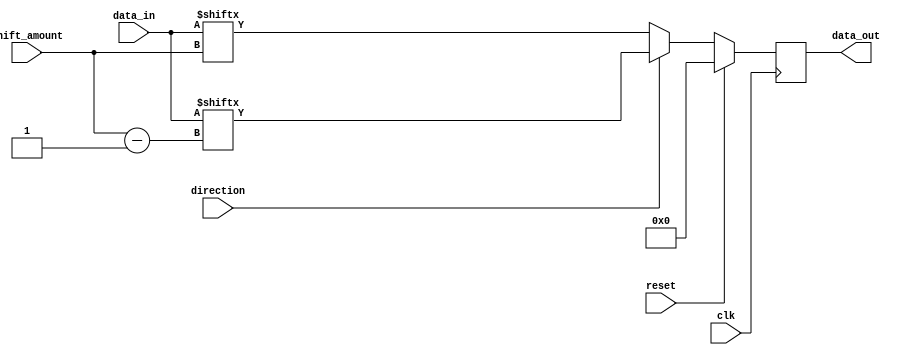
module Barrel_Shifter(
    input wire clk,
    input wire reset,
    input wire direction, // 0 for left shift, 1 for right shift
    input wire [3:0] shift_amount,
    input wire [7:0] data_in,
    output reg [7:0] data_out
);

reg [7:0] shift_data;

always @(posedge clk) begin
    if (reset) begin
        shift_data <= 8'b0;
    end else begin
        if (direction) begin
            shift_data <= {data_in[7:shift_amount], data_in[7:shift_amount-1]};
        end else begin
            shift_data <= {data_in[shift_amount-1:0], data_in[7:shift_amount]};
        end
    end
end

assign data_out = shift_data;

endmodule